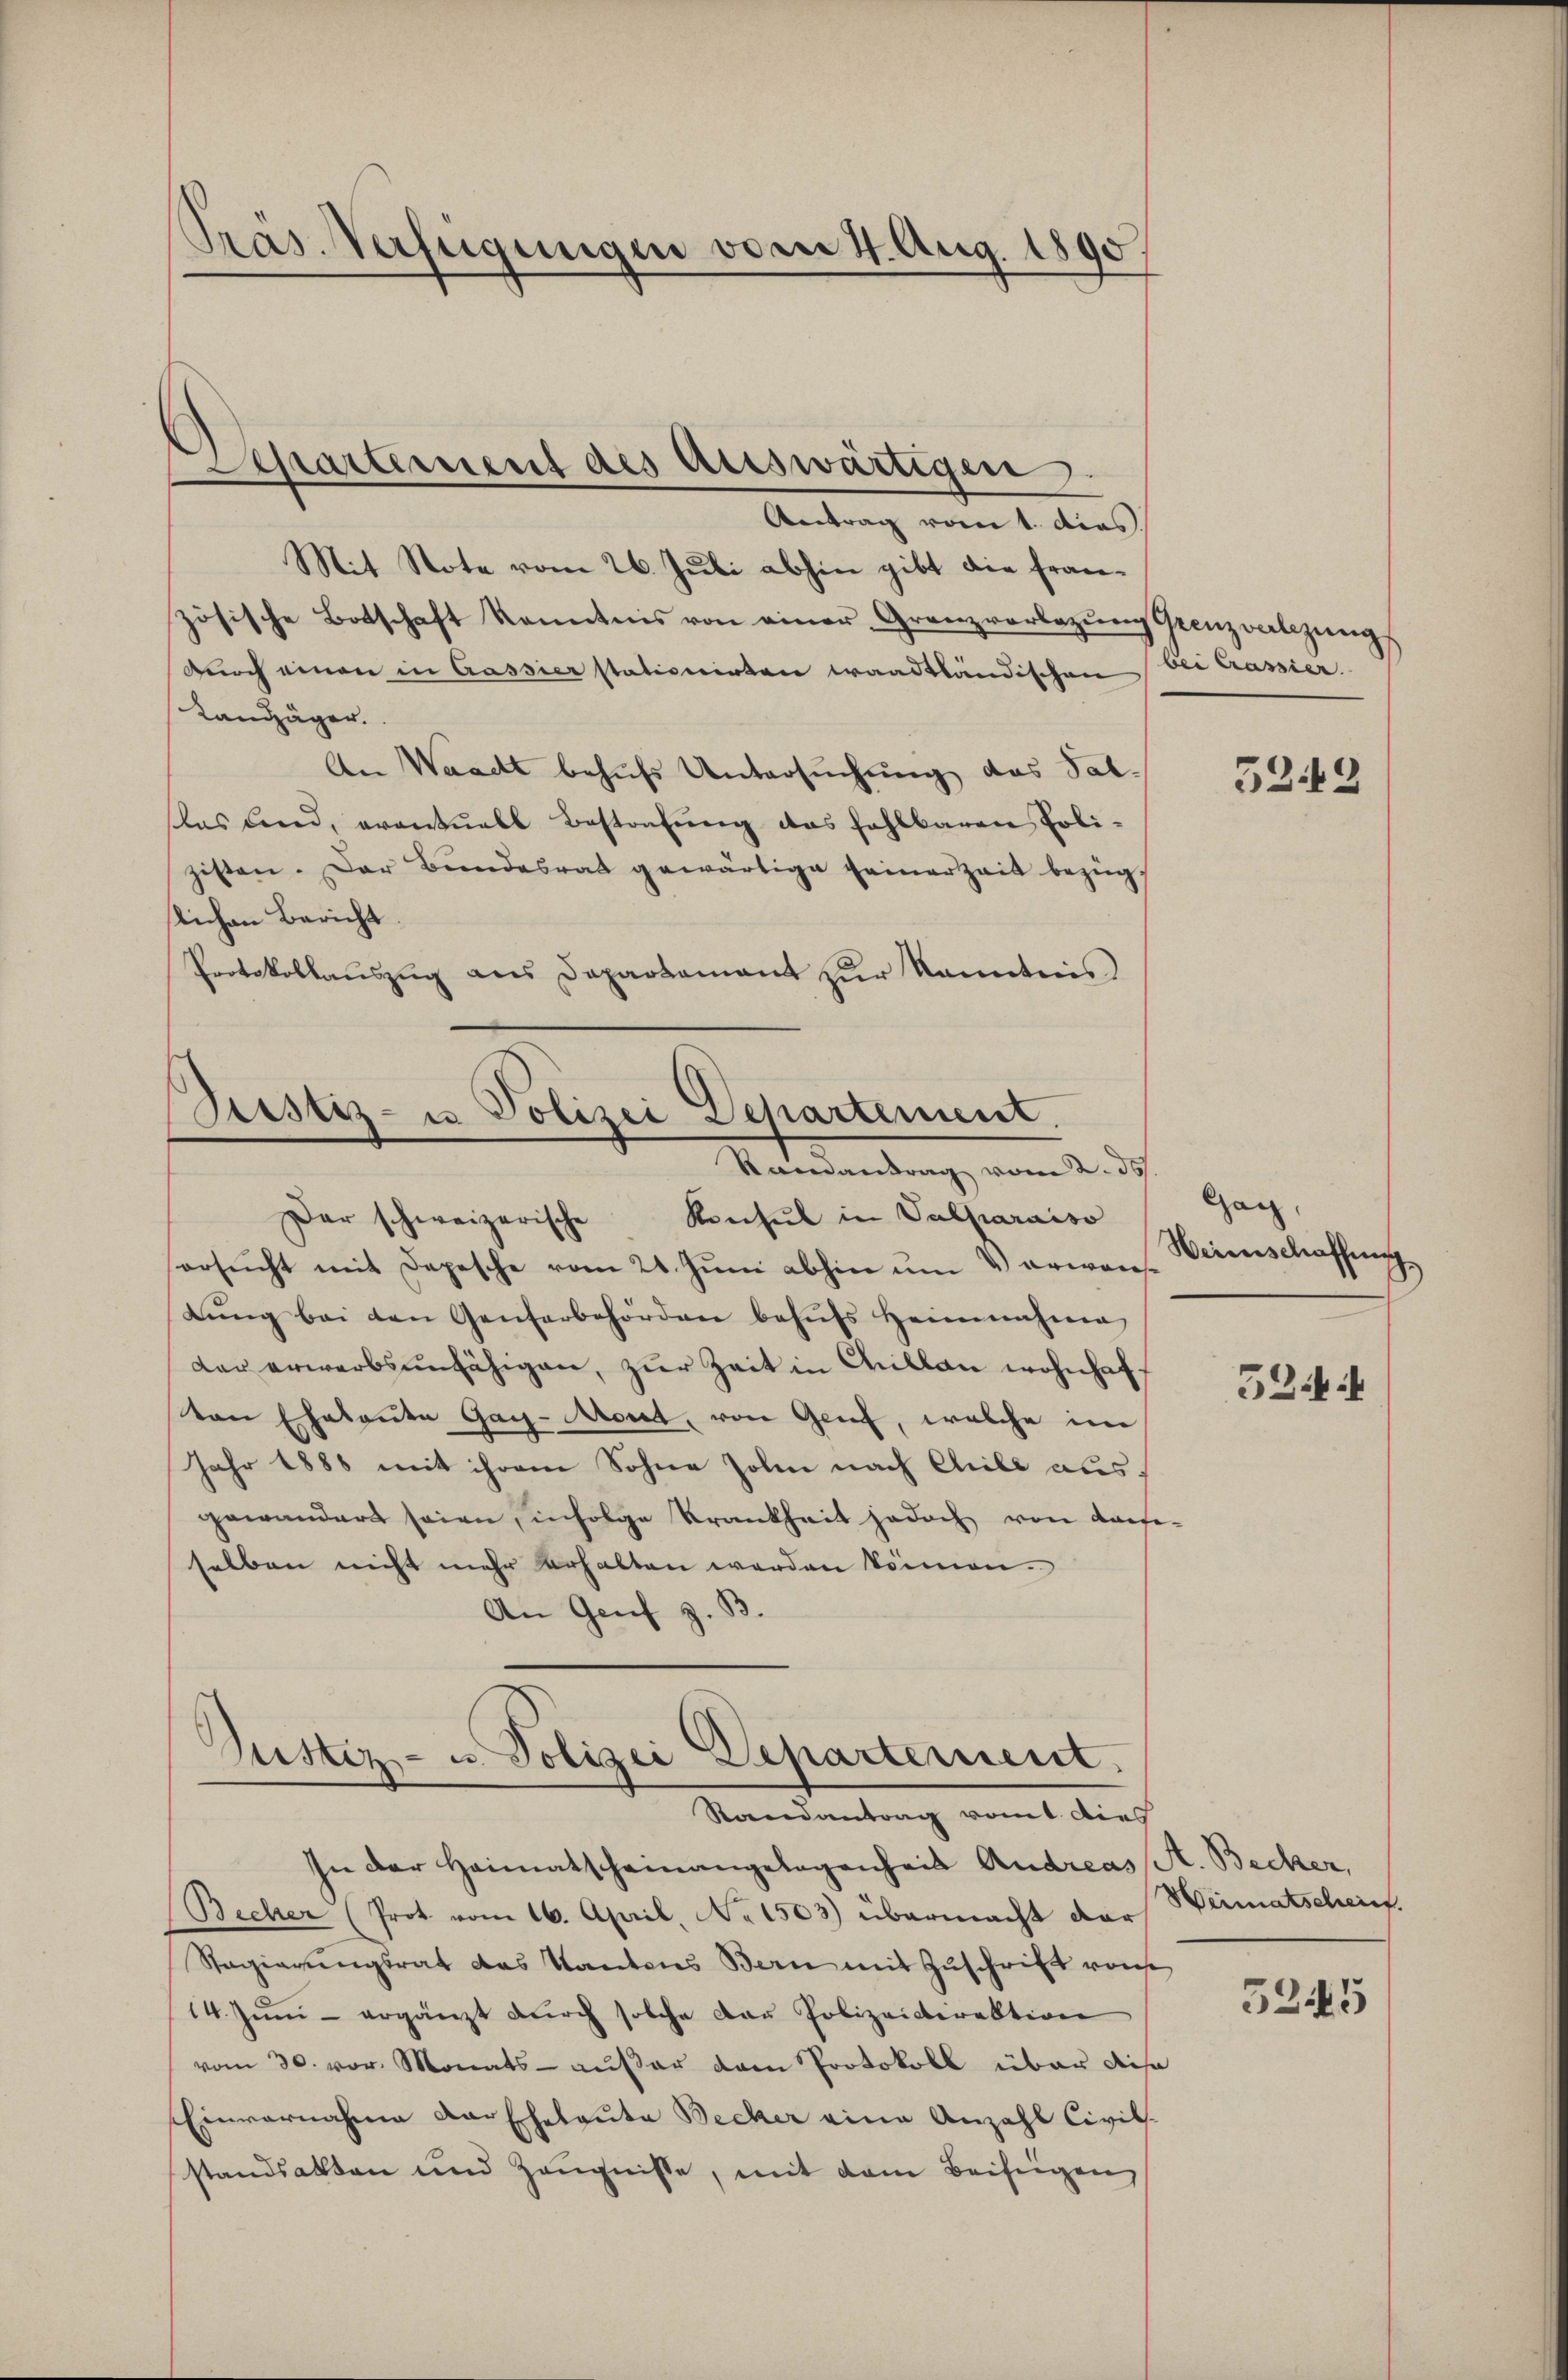
Präs. Verfügungen vom 4. Aug. 1890.

Spartement des Auswärtigen.
e

Antrag vom 1. dies
Mit Stote vom 26. Juli abhin gibt die fran-
zösische Botschaft kanntnis von einer Granzvorlegŭng Grenz verlegŭng
durch einen in Cassier stationirten waadtländischen bei Cassier.
Landjäger
An Waadt behufs Untersuchung des Sallas und, eventuell Bestrafŭng das fehlbaren Poli-
zisten. Der Bundesrat gewärtige seinerzeit bezügslichen Bericht.
Protokollauszug aus Departamant zur Kenntnis

Der schweizerische Konsul in Valparaiso
ersŭcht mit Depesche vom 21. Jŭni abhin ŭm V erwanbŭng bei den Genferbehörden behŭfs heimnahme
der erwerbsunfähigen, zŭr Zeit in Cillan wohnhaft
von Eheleute Gag-Mort, von Genf, welche in
Jahr 1888 mit ihrem Sohne sohin nach Chile ausgewandert seien, infolge Krankheit jedoch von dasse-
selben nicht mehr erhalten werden können.
An Genf z. B.

Justiz- u Polizei Departement.
Stainantrag vom 2. ds.

Justiz- u. Polizei Departement
Randantrag vom 1. dies
In der Heimatscheinangelegenheit Andreas A. Becker,
Becher (Prot. vom 16. April, No 1503) übermacht dar

Stagierŭngsrat das Kantons Bern mit Zŭschrift von
14. Jŭni - ergänzt dŭrch solche der Polizeidirektion
vom 30. vor. Monats außer dem Protokoll über diese
Einvernahme der Eheleute Becker eine Anzahl Civil-
standsakten und Zeugnisse, mit dem Beifügen

3242

Gag,
Weinschaffung

524 f

Weimatscheint.

5245